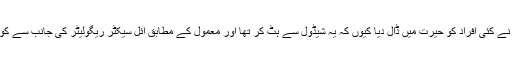
ڈان اخبار کی رپورٹ کے مطابق اس اقدام نے کئی افراد کو حیرت میں ڈال دیا کیوں کہ یہ شیڈول سے ہٹ کر تھا اور معمول کے مطابق آئل سیکٹر ریگولیٹر کی جانب سے کوئی سمری بھجوانے کی وجہ سے نہیں ہوا۔